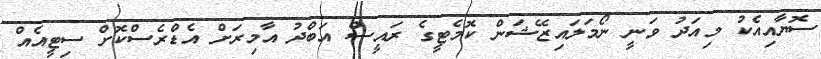
ސޮޔާއިއެކު މިއަދު ވަނީ ނޯމަލައިޒޭޝަން ކޮމެޓީގެ ރައީސް އަބްދު އާމިރަށް އެޑްރެސްކޮށް ސިޓީއެއް